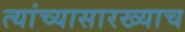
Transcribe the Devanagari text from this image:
त्यांच्यासारख्याच